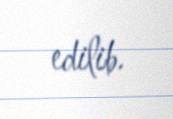
edilib.